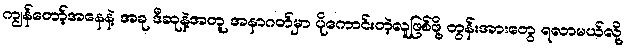
ကျွန်တော့်အနေနဲ့ အခု ဒီဆုနဲ့အတူ အနာဂတ်မှာ ပိုကောင်းတဲ့လူဖြစ်ဖို့ တွန်းအားတွေ ရလာမယ်လို့